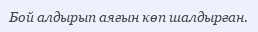
Бой алдырып аяғын көп шалдырған.